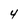
Character: 4